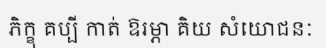
ភិក្ខុ គប្បី កាត់ ឱរម្ភា គិយ សំយោជនៈ